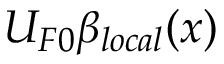
U _ { F 0 } \beta _ { l o c a l } ( x )